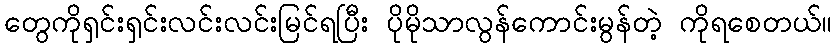
တွေကိုရှင်းရှင်းလင်းလင်းမြင်ရပြီး ပိုမိုသာလွန်ကောင်းမွန်တဲ့ ကိုရစေတယ်။